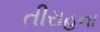
તીરાહના